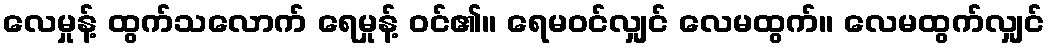
လေမှုန့် ထွက်သလောက် ရေမှုန့် ဝင်၏။ ရေမဝင်လျှင် လေမထွက်။ လေမထွက်လျှင်